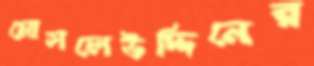
মোসলেউদ্দিনের